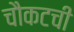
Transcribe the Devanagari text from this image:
चौकटची